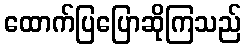
ထောက်ပြပြောဆိုကြသည်